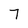
Character: 7